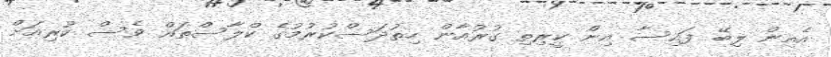
އެއިން ލިބޭ ފައިސާ އިން ކީރިތި ގުރުއާން ހިތުދަސްކުރުމުގެ ކްލާސްތައް ވެސް ކުރިއަށް